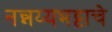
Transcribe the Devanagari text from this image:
नन्नय्यभट्टाचे